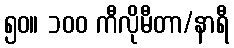
၅၀။ ၁၀၀ ကီလိုမီတာ/နာရီ